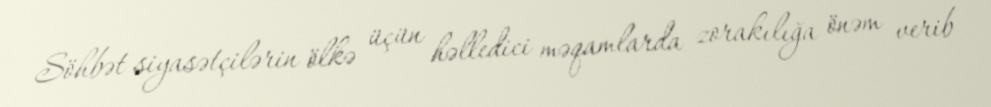
Söhbət siyasətçilərin ölkə üçün həlledici məqamlarda zorakılığa önəm verib